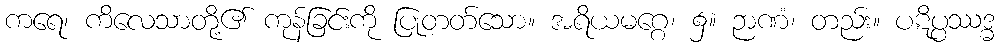
ကရေ၊ ကိလေသာတို့၏ ကုန်ခြင်းကို ပြုတတ်သော။ အရိယမဂ္ဂေ၊ ၌။ ဉာဏံ၊ တည်း။ ပဋိပ္ပဿဒ္ဓ